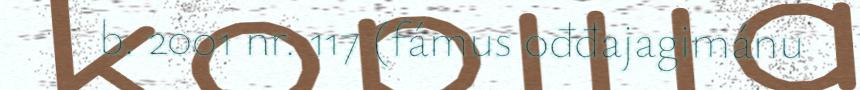
b. 2001 nr. 117 (fámus ođđajagimánu